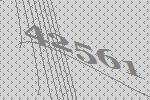
42561